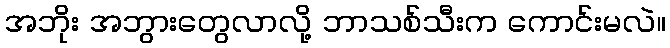
အဘိုး အဘွားတွေလာလို့ ဘာသစ်သီးက ကောင်းမလဲ။